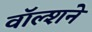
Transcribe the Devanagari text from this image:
वॉल्शने